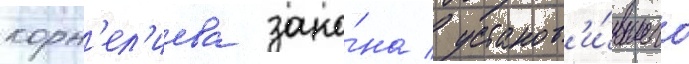
корн'ел'иева зако́на / установ'и́вшего